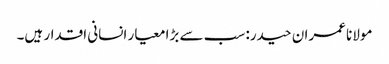
مولانا عمران حیدر: سب سے بڑا معیار انسانی اقدار ہیں۔